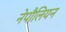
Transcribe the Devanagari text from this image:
नेपौलियन